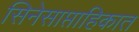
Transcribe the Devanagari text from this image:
सिनेसाप्ताहिकात